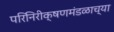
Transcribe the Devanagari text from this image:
परिनिरीक्षणमंडळाच्या